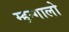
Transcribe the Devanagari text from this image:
म्हन्गालो